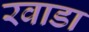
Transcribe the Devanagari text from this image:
रवाडा